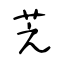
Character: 芝